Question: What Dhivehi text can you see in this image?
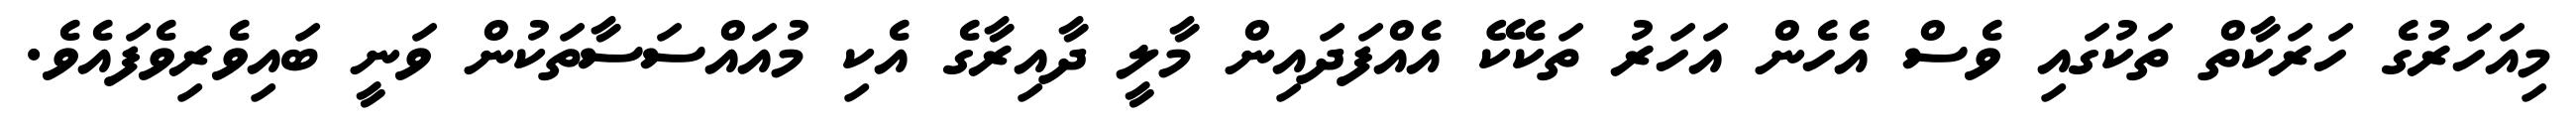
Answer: މިއަހަރުގެ ހަރަކާތް ތަކުގައި ވެސް އެހެން އަހަރު ތަކެކޭ އެއްފަދައިން މާލީ ދާއިރާގެ އެކި މުއައްސަސާތަކުން ވަނީ ބައިވެރިވެފައެވެ.